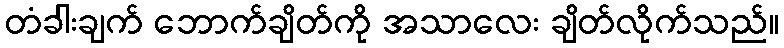
တံခါးချက် ဘောက်ချိတ်ကို အသာလေး ချိတ်လိုက်သည်။